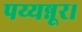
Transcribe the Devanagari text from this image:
पय्यन्नूर।